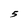
Character: 5